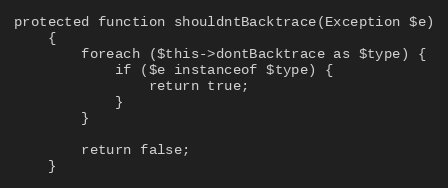
Language: PHP
protected function shouldntBacktrace(Exception $e)
    {
        foreach ($this->dontBacktrace as $type) {
            if ($e instanceof $type) {
                return true;
            }
        }

        return false;
    }